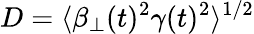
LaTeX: D=\langle\beta_{\perp}(t)^{2}\gamma(t)^{2}\rangle^{1/2}